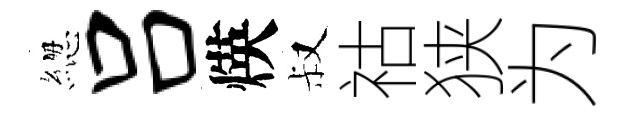
緫吕煐叔祜狭为